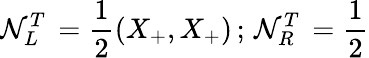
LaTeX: \mathcal{N}_{L}^{T}\, =\frac{{1}}{{2}}(X_{+},X_{+})\, ;\, \mathcal{N}_{R}^{T}\, =\frac{{1}}{{2}}